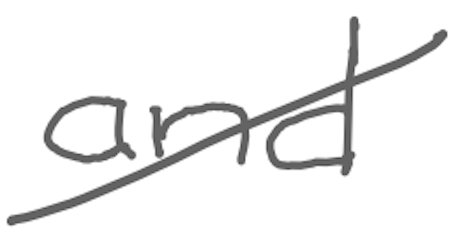
Text: and
Cross-out: diagonal
Writing tool: digital_gray